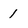
Character: 1